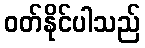
ဝတ်နိုင်ပါသည်